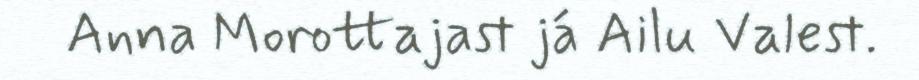
Anna Morottajast já Ailu Valest.